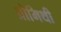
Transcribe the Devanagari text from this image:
प्रोमिथी